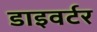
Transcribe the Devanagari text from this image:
डाइवर्टर